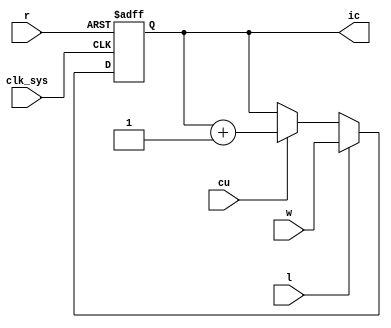
// This program was cloned from: https://github.com/jakubfi/mera400f
// License: GNU General Public License v2.0

// Instruction counter (IC register)

module ic(
	input clk_sys,
	input cu,
	input l,
	input r,
	input [0:15] w,
	output reg [0:15] ic
);

	always @ (posedge clk_sys, posedge r) begin
		if (r) ic <= 16'd0;
		else if (l) ic <= w;
		else if (cu) ic <= ic + 1'b1;
	end

endmodule

// vim: tabstop=2 shiftwidth=2 autoindent noexpandtab